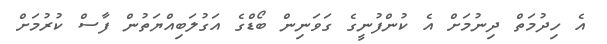
އެ ހިދުމަތް ދިނުމަށް އެ ކުންފުނީގެ ގަވަނިން ބޯޑްގެ އަގުލަބިއްޔަތުން ފާސް ކުރުމަށް